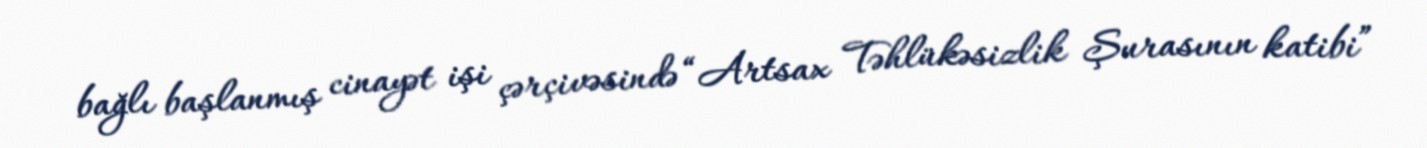
bağlı başlanmış cinayət işi çərçivəsində “Artsax Təhlükəsizlik Şurasının katibi”